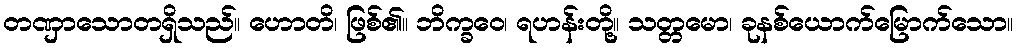
တဏှာသောတရှိသည်။ ဟောတိ၊ ဖြစ်၏။ ဘိက္ခဝေ၊ ရဟန်းတို့။ သတ္တမော၊ ခုနစ်ယောက်မြောက်သော။